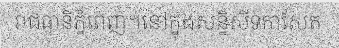
រាជធានីភ្នំពេញ។នៅក្នុងសន្និសីទកាសែត